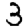
Digit: 3